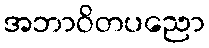
အဘာဝိတပညော